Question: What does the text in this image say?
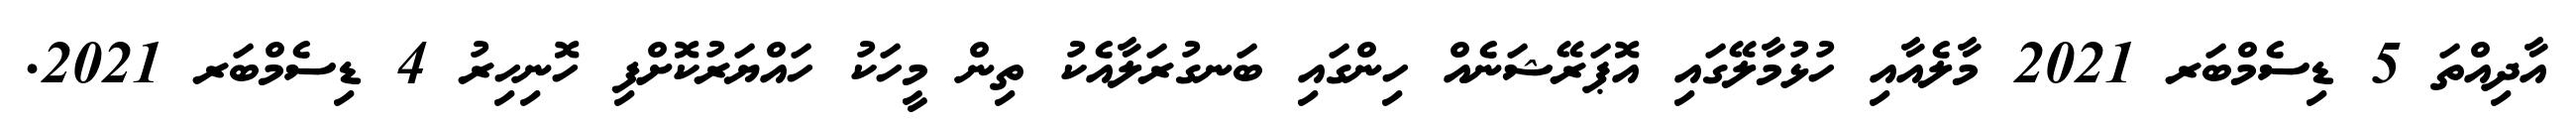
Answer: އާދިއްތަ 5 ޑިސެމްބަރ 2021 މާލެއާއި ހުޅުމާލޭގައި އޮޕަރޭޝަނެއް ހިންގައި ބަނގުރަލާއެކު ތިން މީހަކު ހައްޔަރުކޮށްފި ހޮނިހިރު 4 ޑިސެމްބަރ 2021.